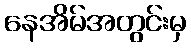
နေအိမ်အတွင်းမှ